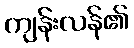
ကျန်းလန်၏